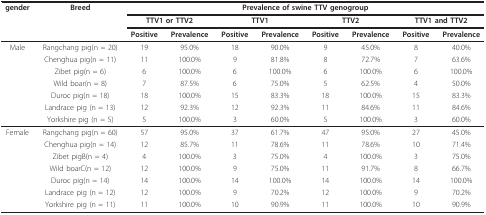
<table><thead><tr><td><b>gender</b></td><td><b>Breed</b></td><td colspan="8"><b>Prevalence of swine TTV genogroup</b></td></tr><tr><td></td><td></td><td colspan="2"><b>TTV1 or TTV2</b></td><td colspan="2"><b>TTV1</b></td><td colspan="2"><b>TTV2</b></td><td colspan="2"><b>TTV1 and TTV2</b></td></tr><tr><td></td><td></td><td><b>Positive</b></td><td><b>Prevalence</b></td><td><b>Positive</b></td><td><b>Prevalence</b></td><td><b>Positive</b></td><td><b>Prevalence</b></td><td><b>Positive</b></td><td><b>Prevalence</b></td></tr></thead><tbody><tr><td>Male</td><td>Rangchang pig(n = 20)</td><td>19</td><td>95.0%</td><td>18</td><td>90.0%</td><td>9</td><td>45.0%</td><td>8</td><td>40.0%</td></tr><tr><td></td><td>Chenghua pig(n = 11)</td><td>11</td><td>100.0%</td><td>9</td><td>81.8%</td><td>8</td><td>72.7%</td><td>7</td><td>63.6%</td></tr><tr><td></td><td>Zibet pig(n = 6)</td><td>6</td><td>100.0%</td><td>6</td><td>100.0%</td><td>6</td><td>100.0%</td><td>6</td><td>100.0%</td></tr><tr><td></td><td>Wild boar(n = 8)</td><td>7</td><td>87.5%</td><td>6</td><td>75.0%</td><td>5</td><td>62.5%</td><td>4</td><td>50.0%</td></tr><tr><td></td><td>Duroc pig(n = 18)</td><td>18</td><td>100.0%</td><td>15</td><td>83.3%</td><td>18</td><td>100.0%</td><td>15</td><td>83.3%</td></tr><tr><td></td><td>Landrace pig (n = 13)</td><td>12</td><td>92.3%</td><td>12</td><td>92.3%</td><td>11</td><td>84.6%</td><td>11</td><td>84.6%</td></tr><tr><td></td><td>Yorkshire pig (n = 5)</td><td>5</td><td>100.0%</td><td>3</td><td>60.0%</td><td>5</td><td>100.0%</td><td>3</td><td>60.0%</td></tr><tr><td>Female</td><td>Rangchang pig(n = 60)</td><td>57</td><td>95.0%</td><td>37</td><td>61.7%</td><td>47</td><td>95.0%</td><td>27</td><td>45.0%</td></tr><tr><td></td><td>Chenghua pig(n = 14)</td><td>12</td><td>85.7%</td><td>11</td><td>78.6%</td><td>11</td><td>78.6%</td><td>10</td><td>71.4%</td></tr><tr><td></td><td>Zibet pigB(n = 4)</td><td>4</td><td>100.0%</td><td>3</td><td>75.0%</td><td>4</td><td>100.0%</td><td>3</td><td>75.0%</td></tr><tr><td></td><td>Wild boarC(n = 12)</td><td>12</td><td>100.0%</td><td>9</td><td>75.0%</td><td>11</td><td>91.7%</td><td>8</td><td>66.7%</td></tr><tr><td></td><td>Duroc pig(n = 14)</td><td>14</td><td>100.0%</td><td>14</td><td>100.0%</td><td>14</td><td>100.0%</td><td>14</td><td>100.0%</td></tr><tr><td></td><td>Landrace pig (n = 12)</td><td>12</td><td>100.0%</td><td>9</td><td>70.2%</td><td>12</td><td>100.0%</td><td>9</td><td>70.2%</td></tr><tr><td></td><td>Yorkshire pig (n = 11)</td><td>11</td><td>100.0%</td><td>10</td><td>90.9%</td><td>11</td><td>100.0%</td><td>10</td><td>90.9%</td></tr></tbody></table>